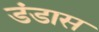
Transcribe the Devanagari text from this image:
डंडास